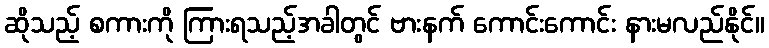
ဆိုသည့် စကားကို ကြားရသည့်အခါတွင် ဗားနက် ကောင်းကောင်း နားမလည်နိုင်။